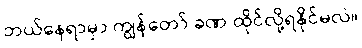
ဘယ်နေရာမှာ ကျွန်တော် ခဏ ထိုင်လို့ရနိုင်မလဲ။